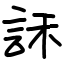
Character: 訸